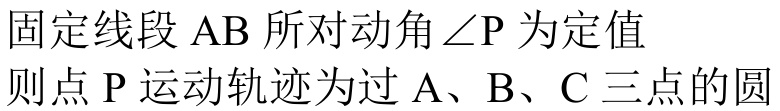
固定线段 $\mathrm{AB}$ 所对动角 $\angle \mathrm{P}$ 为定值
则点 $\mathrm{P}$ 运动轨迹为过 $\mathrm{A}$、$\mathrm{B}$、$\mathrm{C}$ 三点的圆